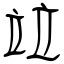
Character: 竝